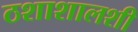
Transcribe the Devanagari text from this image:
ठशाशालशी